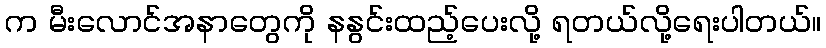
က မီးလောင်အနာတွေကို နနွင်းထည့်ပေးလို့ ရတယ်လို့ရေးပါတယ်။